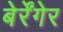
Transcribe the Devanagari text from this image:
बेर्रेंगेर